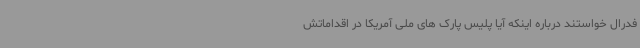
فدرال خواستند درباره اینکه آیا پلیس پارک های ملی آمریکا در اقداماتش